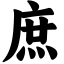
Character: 庶